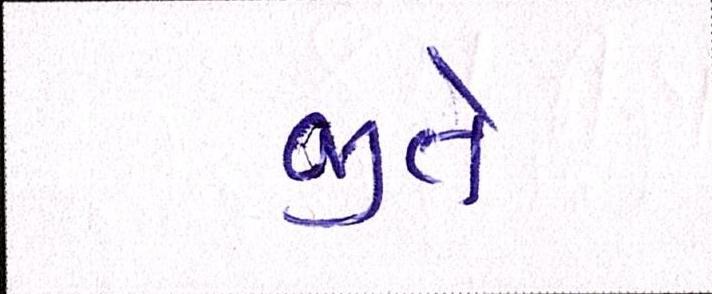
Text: જીતે